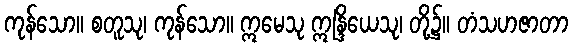
ကုန်သော။ စတူသု၊ ကုန်သော။ ဣမေသု ဣန္ဒြိယေသု၊ တို့၌။ တံသဟဇာတာ